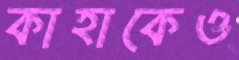
কাহাকেও